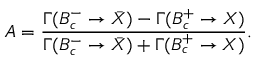
A = \frac { \Gamma ( B _ { c } ^ { - } \to \bar { X } ) - \Gamma ( B _ { c } ^ { + } \to X ) } { \Gamma ( B _ { c } ^ { - } \to \bar { X } ) + \Gamma ( B _ { c } ^ { + } \to X ) } .